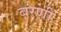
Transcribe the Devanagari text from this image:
बरणी